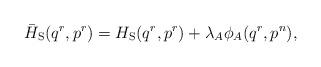
LaTeX: \begin{align*}\bar{H}_{\rm S}(q^r,p^r)=H_{\rm S}(q^r,p^r) + \lambda_A\phi_A(q^r,p^n),\end{align*}